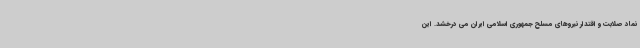
نماد صلابت و اقتدار نیروهای مسلح جمهوری اسلامی ایران می درخشد. این